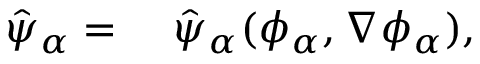
\begin{array} { r l } { \hat { \psi } _ { \alpha } = } & { { } ~ \hat { \psi } _ { \alpha } ( \phi _ { \alpha } , \nabla \phi _ { \alpha } ) , } \end{array}